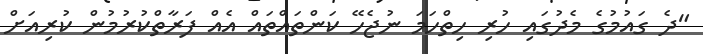
"ދެ ގައުމުގެ މެދުގައި ހުރި ހިތްހަމަ ނުޖެހޭ ކަންތައްތައް އެއް ފަރާތްކުރުމުން ކުރިއަށް